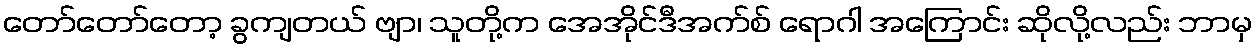
တော်တော်တော့ ခွကျတယ် ဗျာ၊ သူတို့က အေအိုင်ဒီအက်စ် ရောဂါ အကြောင်း ဆိုလို့လည်း ဘာမှ